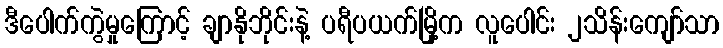
ဒီပေါက်ကွဲမှုကြောင့် ချာနိုဘိုင်းနဲ့ ပရီပယက်မြို့က လူပေါင်း ၂သိန်းကျော်သာ